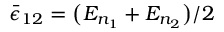
\bar { \epsilon } _ { 1 2 } = \big ( E _ { n _ { 1 } } + E _ { n _ { 2 } } \big ) / 2